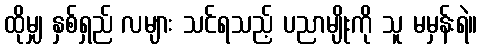
ထိုမျှ နှစ်ရှည် လများ သင်ရသည့် ပညာမျိုးကို သူ မမှန်းရဲ။